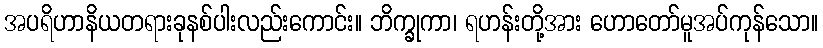
အပရိဟာနိယတရားခုနစ်ပါးလည်းကောင်း။ ဘိက္ခုကာ၊ ရဟန်းတို့အား ဟောတော်မူအပ်ကုန်သော။